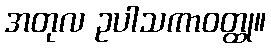
အတုလ ဥပါသကာဝတ္ထု။